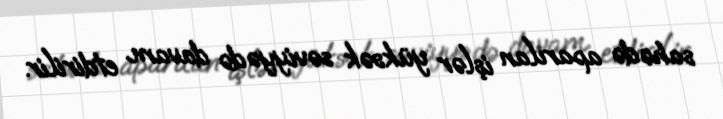
sahədə aparılan işlər yüksək səviyyədə davam etdirilir.